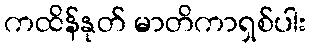
ကထိန်နုတ် မာတိကာရှစ်ပါး